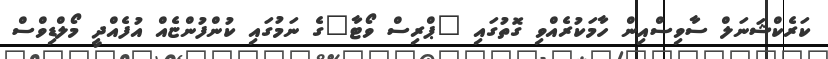
ކަރެކްޝަނަލް ސާވިސްއިން ހާމަކުރެއްވި ގޮތުގައި "ޕްރިސް ވޯޓާ"ގެ ނަމުގައި ކުންފުންޏެއް އުފެއްދީ މޯލްޑިވްސް